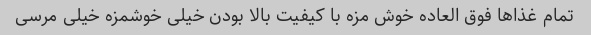
تمام غذاها فوق العاده خوش مزه با کیفیت بالا بودن خیلی خوشمزه خیلی مرسی